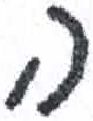
אות: ה